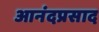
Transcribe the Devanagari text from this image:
आनंदप्रसाद